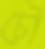
চৌ